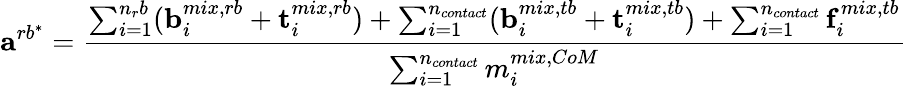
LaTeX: \mathbf{a}^{rb^{*}}=\frac{\sum_{i=1}^{n_{r}b}(\mathbf{b}_{i}^{mix,rb}+\mathbf{t}_{i}^{mix,rb})+\sum_{i=1}^{n_{contact}}(\mathbf{b}_{i}^{mix,tb}+\mathbf{t}_{i}^{mix,tb})+\sum_{i=1}^{n_{contact}}\mathbf{f}_{i}^{mix,tb}}{\sum_{i=1}^{n_{contact}}m_{i}^{mix,CoM}}